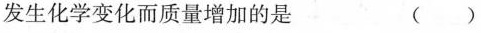
发生化学变化而质量增加的是 ()